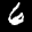
Label: 6